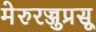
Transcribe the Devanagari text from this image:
मेरुरज्जुप्रसू